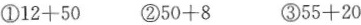
①$$12+50$$ ②$$50+8$$ ③$$55+20$$